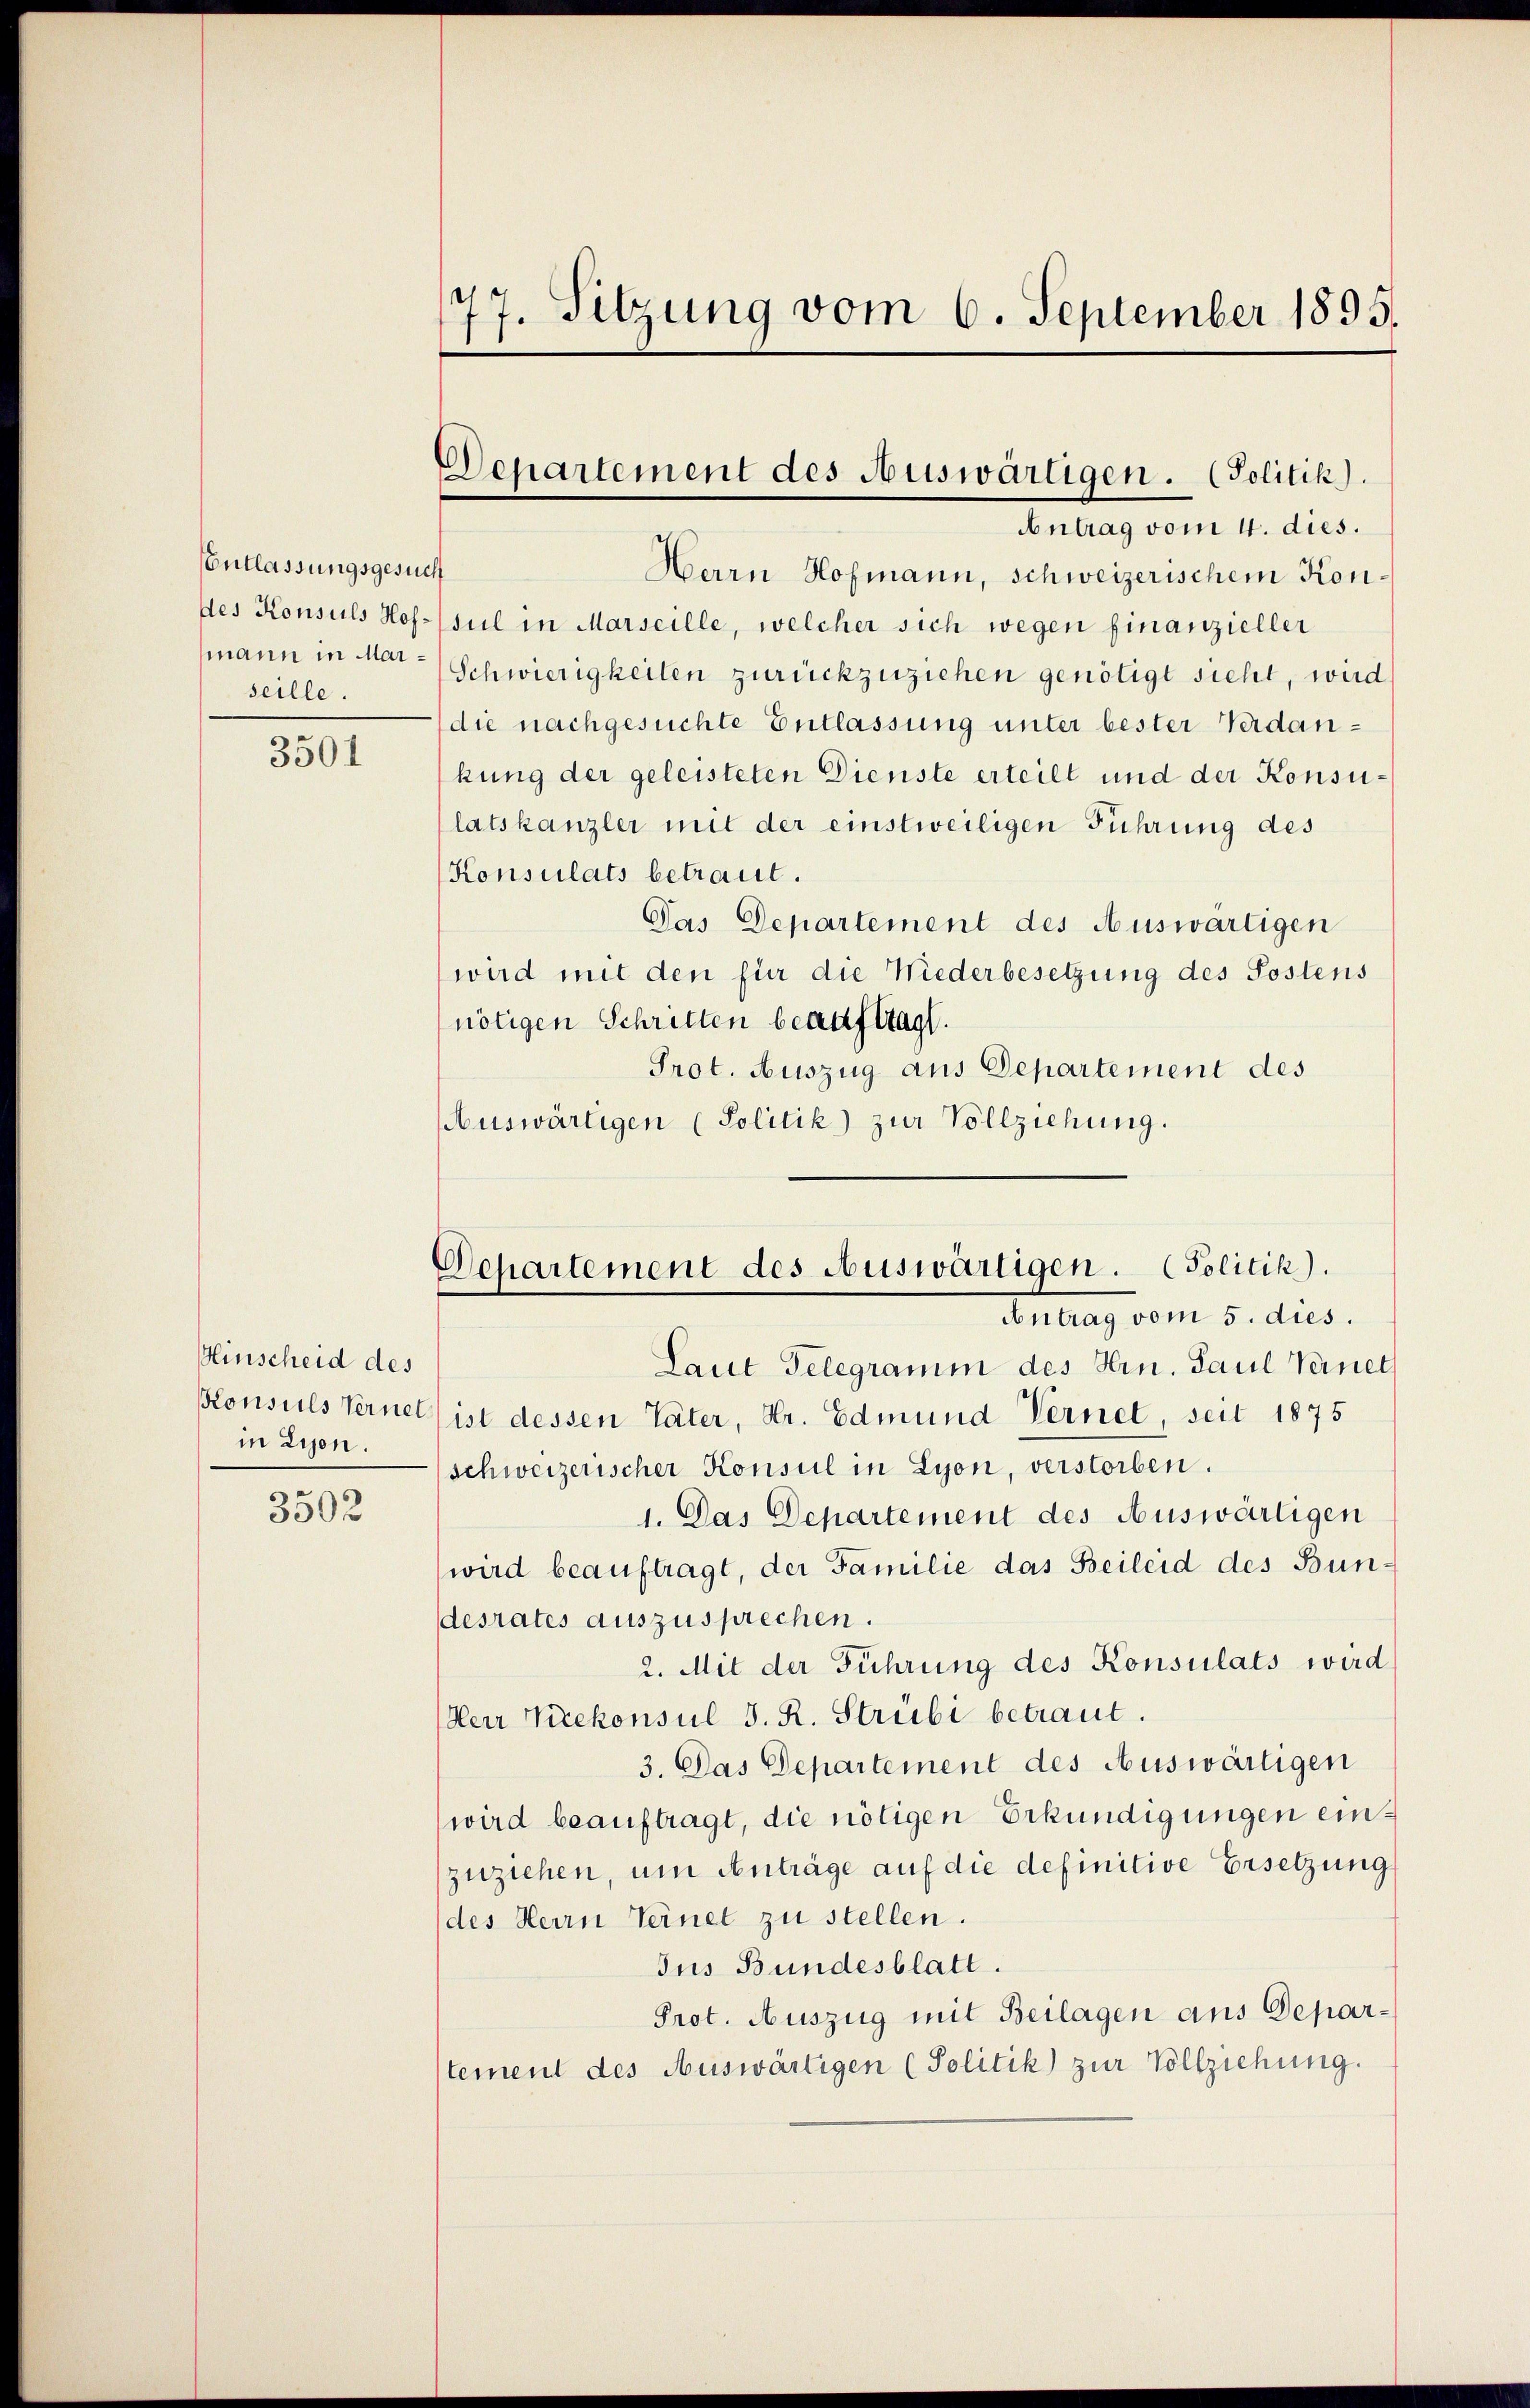
EEntlassungsgesuch
seille.

3501

Hinscheid des
m Lyon.

3502

77. Sitzung vom 6. September 1895.

Departement des Auswärtigen. (Politik)
Antrag vom 4. dies.

Herrn Hofmann, schweizerischem Kondes Konsuls Hof-(sul in Marseille, welcher sich wegen finanzieller
mann in Mar-Schwierigkeiten zurückzuziehen genötigt sieht, wird
die nachgesuchte Entlassung unter bester Verdankung der geleisteten Dienste erteilt und der Konsulatskanzler mit der einstweiligen Führung des
Konsulats betraut.
Das Departement des Auswärtigen
wird mit den für die Wiederbesetzung des Postens
nötigen Schritten beauftragt.
Prot. Auszug aus Departement des
Auswärtigen (Politik) zur Vollziehung.

Departement des Auswärtigen. (Politik).
Antrag vom 5. dies.

Laut Telegramm des Hrn. Paul Vernet
Konsuls Ternet ist dessen Täter, Hr. Edmund Vernet, seit 1875
schweizerischer Konsul in Lyon, verstorben.
1. Das Departement des Auswärtigen
wird beauftragt, der Familie das Beileid des Bundesrates auszusprechen.
2. Mit der Führung des Konsulats wird
Herr Vicekonsul J. R. Strübi betraut.
3. Das Departement des Auswärtigen
wird beauftragt, die nötigen Erkundigungen einzuziehen, um Anträge auf die definitive Ersetzung
des Herrn Ternet zu stellen.
Jus Bundesblatt.
Prot. Auszug mit Beilagen aus Deparstement des Auswärtigen (Politik) zur Vollziehung.